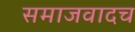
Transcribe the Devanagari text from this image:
समाजवादच